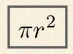
\pi r^2